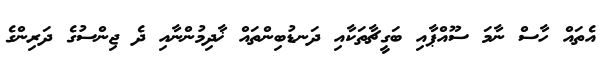
އެތައް ހާސް ނާމަ ސޫއްޕާއި ބަގީޗާތަކާއި ދަނޑުބިންތައް ޚާދިމުންނާއި ދެ ޖިންސުގެ ދަރިންގެ